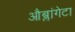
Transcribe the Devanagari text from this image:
औब्लांगेटा